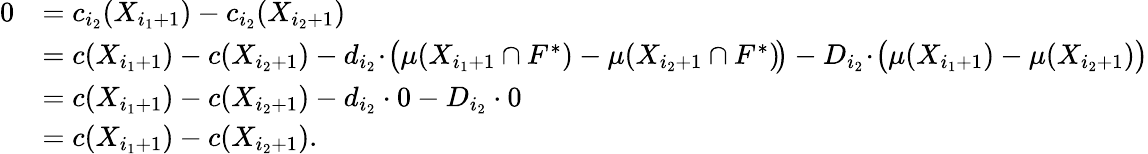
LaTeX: \begin{array}{rl}{0}&{=c_{i_{2}}(X_{i_{1}+1})-c_{i_{2}}(X_{i_{2}+1})}\\ {}&{=c(X_{i_{1}+1})-c(X_{i_{2}+1})-d_{i_{2}}\! \cdot\! \big(\mu(X_{i_{1}+1}\cap F^{*})-\mu(X_{i_{2}+1}\cap F^{*})\! \big)-D_{i_{2}}\! \cdot\! \big(\mu(X_{i_{1}+1})-\mu(X_{i_{2}+1})\big)}\\ {}&{=c(X_{i_{1}+1})-c(X_{i_{2}+1})-d_{i_{2}}\cdot 0-D_{i_{2}}\cdot 0}\\ {}&{=c(X_{i_{1}+1})-c(X_{i_{2}+1}).}\end{array}